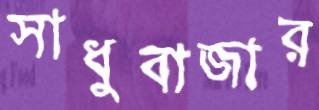
সাধুবাজার